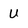
Character: U